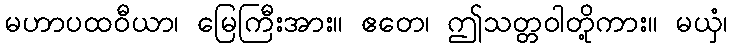
မဟာပထဝီယာ၊ မြေကြီးအား။ ဧတေ၊ ဤသတ္တဝါတို့ကား။ မယှံ၊